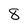
Character: 8